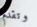
وتقدم